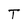
Character: T